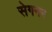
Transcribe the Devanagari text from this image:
सेगनर